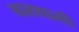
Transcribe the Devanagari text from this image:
बालवाली